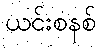
ယင်းစနစ်